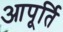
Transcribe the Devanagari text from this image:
आपूर्ति